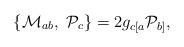
LaTeX: \begin{align*}\{{\cal M}_{ab},\ {\cal P}_{c}\}=2g_{c[a}{\cal P}_{b]},\end{align*}